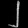
Digit: ၂